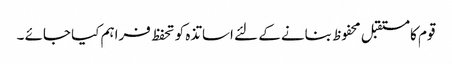
قوم کا مستقبل محفوظ بنانے کے لئے اساتذہ کو تحفظ فراہم کیا جائے ۔